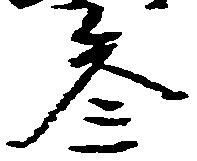
参